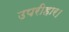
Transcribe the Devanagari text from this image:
उपरीहार।